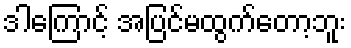
ဒါကြောင့် အပြင်မထွက်တော့ဘူး